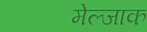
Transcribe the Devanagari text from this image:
मेल्जाक